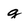
Character: g